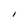
Character: I